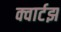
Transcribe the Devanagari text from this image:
क्वार्टझ